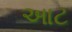
આટ